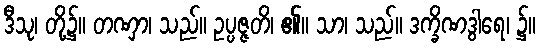
ဒီသု၊ တို့၌။ တဏှာ၊ သည်။ ဥပ္ပဇ္ဇတိ၊ ၏။ သာ၊ သည်။ ဒက္ခိဏဒွါရေ၊ ၌။